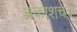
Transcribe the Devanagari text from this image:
प्रकाशचंद